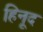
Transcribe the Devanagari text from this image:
हिनूद